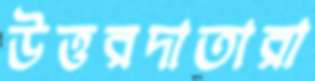
উত্তরদাতারা